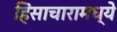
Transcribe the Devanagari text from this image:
हिंसाचारामध्ये